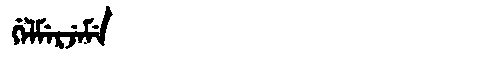
Manchu: ᡤᡝᠯᠮᡝᡵᠵᡝᠮᡝ
Romanization: GELMERJEME